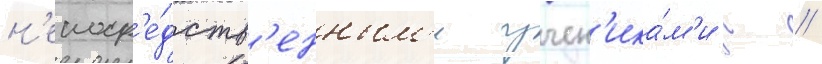
н'епоср'е́дств'енным'и учен'ика́м'и г //